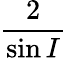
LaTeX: \frac{2}{\sin I}